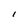
Character: l